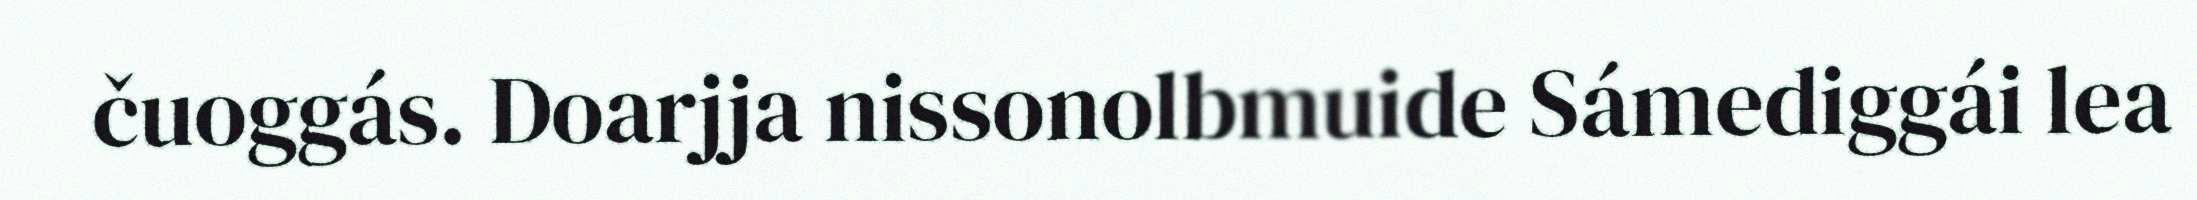
čuoggás. Doarjja nissonolbmuide Sámediggái lea